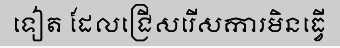
ទៀត ដែលជ្រើសរើសការមិនធ្វើ